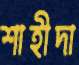
শাহীদা